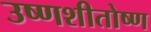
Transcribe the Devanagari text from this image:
उष्णशीतोष्ण